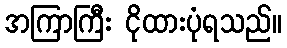
အကြာကြီး ငိုထားပုံရသည်။